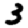
Digit: 3